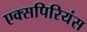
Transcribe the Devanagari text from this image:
एक्सपिरियंस